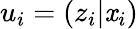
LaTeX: u_{i}=\left(z_{i}|\mathit{x}_{i}\right)